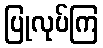
ပြုလုပ်ကြ